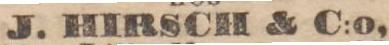
J. HIRSCH & C:o,